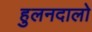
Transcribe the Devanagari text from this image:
हुलनदालो